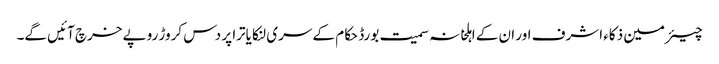
چیئرمین ذکاء اشرف اور ان کے اہلخانہ سمیت بورڈ حکام کے سری لنکا یاترا پر دس کروڑ روپے خرچ آئیں گے۔